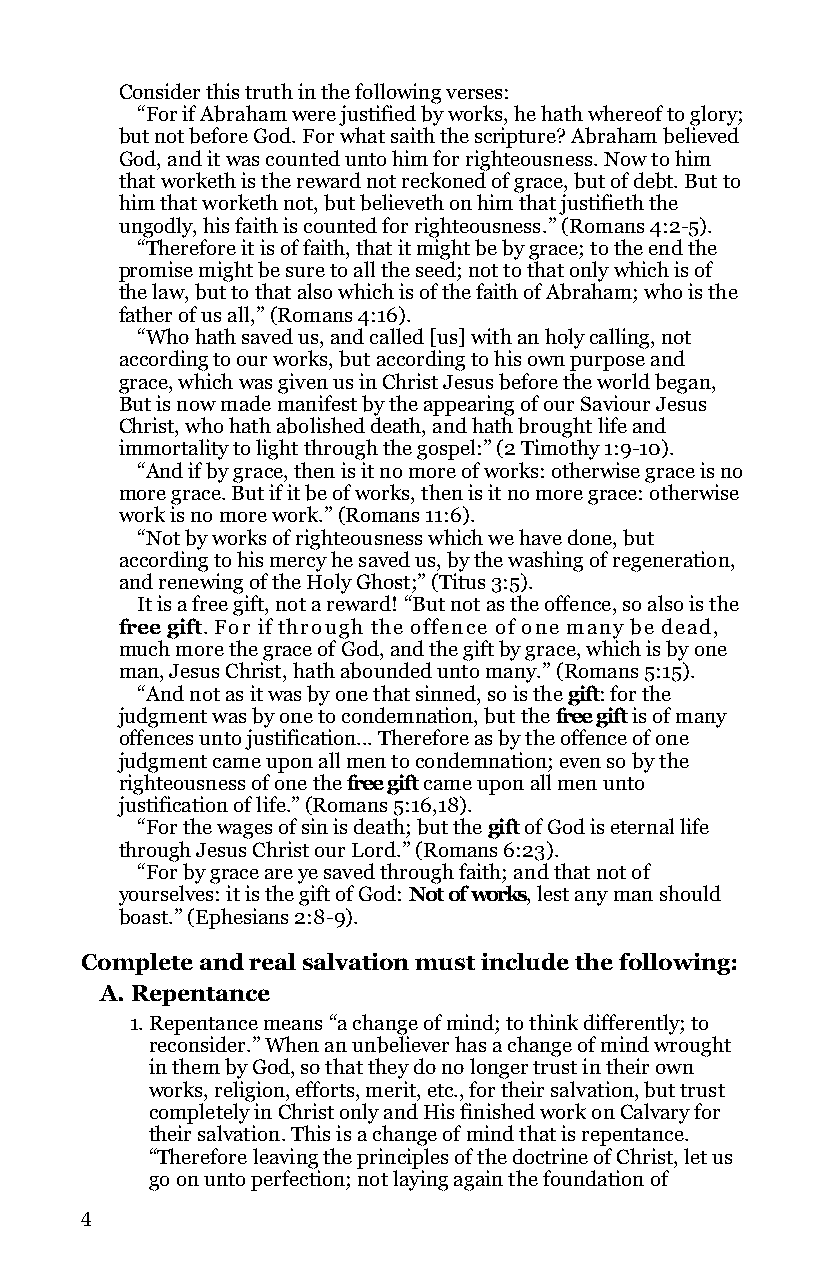
Consider this truth in the following verses:
 “For if Abraham were justified by works, he hath whereof to glory;
 but not before God. For what saith the scripture? Abraham believed
 God, and it was counted unto him for righteousness. Now to him
 that worketh is the reward not reckoned of grace, but of debt. But to
 him that worketh not, but believeth on him that justifieth the
 ungodly, his faith is counted for righteousness.” (Romans 4:2-5).
 “Therefore it is of faith, that it might be by grace; to the end the
 promise might be sure to all the seed; not to that only which is of
 the law, but to that also which is of the faith of Abraham; who is the
 father of us all,” (Romans 4:16).
 “Who hath saved us, and called [us] with an holy calling, not
 according to our works, but according to his own purpose and
 grace, which was given us in Christ Jesus before the world began,
 But is now made manifest by the appearing of our Saviour Jesus
 Christ, who hath abolished death, and hath brought life and
 immortality to light through the gospel:” (2 Timothy 1:9-10).
 “And if by grace, then is it no more of works: otherwise grace is no
 more grace. But if it be of works, then is it no more grace: otherwise
 work is no more work.” (Romans 11:6).
 “Not by works of righteousness which we have done, but
 according to his mercy he saved us, by the washing of regeneration,
 and renewing of the Holy Ghost;” (Titus 3:5).
 It is a free gift, not a reward! “But not as the offence, so also is the
 free gift. For if through the offence of one many be dead,
 much more the grace of God, and the gift by grace, which is by one
 man, Jesus Christ, hath abounded unto many.” (Romans 5:15).
 “And not as it was by one that sinned, so is the gift: for the
 judgment was by one to condemnation, but the free gift is of many
 offences unto justification... Therefore as by the offence of one
 judgment came upon all men to condemnation; even so by the
 righteousness of one the free gift came upon all men unto
 justification of life.” (Romans 5:16,18).
 “For the wages of sin is death; but the gift of God is eternal life
 through Jesus Christ our Lord.” (Romans 6:23).
 “For by grace are ye saved through faith; and that not of
 yourselves: it is the gift of God: Not of works, lest any man should
 boast.” (Ephesians 2:8-9).
 Complete and real salvation must include the following:
 A. Repentance
 1. Repentance means “a change of mind; to think differently; to
 reconsider.” When an unbeliever has a change of mind wrought
 in them by God, so that they do no longer trust in their own
 works, religion, efforts, merit, etc., for their salvation, but trust
 completely in Christ only and His finished work on Calvary for
 their salvation. This is a change of mind that is repentance.
 “Therefore leaving the principles of the doctrine of Christ, let us
 go on unto perfection; not laying again the foundation of
 4